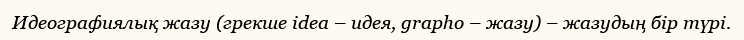
Идеографиялық жазу (грекше іdea – идея, grapho – жазу) – жазудың бір түрі.